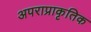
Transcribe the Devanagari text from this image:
अपराप्राकृतिक